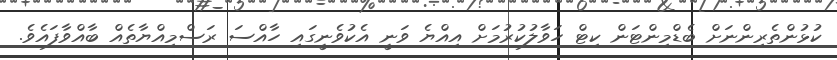
ކުޅުންތެރިންނަށް ބެޑްމިންޓަން ކިޓް ހަވާލުކުރުމަށް އިއްޔެ ވަނީ އެކުވެނީގައި ހާއްސަ ރަސްމިއްޔާތެއް ބާއްވާފައެވެ.